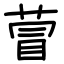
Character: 萺